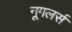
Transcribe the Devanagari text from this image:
नूगलर्स